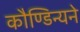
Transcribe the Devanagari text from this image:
कौण्डिन्यने